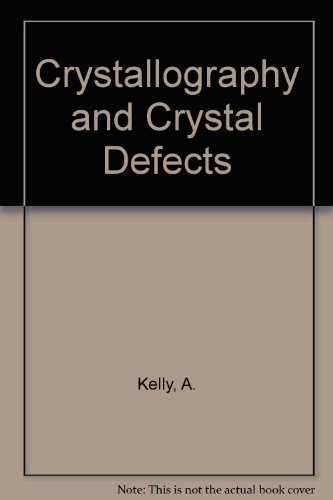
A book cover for Crystallography and Crystal Defects; A. Kelly; Science & Math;